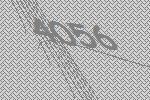
4056